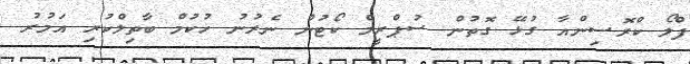
ފްލޯ ކްރޮސިންއާ ގުޅޭ ގޮތުން ސުޕްރީމް ކޯޓުން ނެރުނު ހުކުމް ބާތިލްކުރި އަމުރު